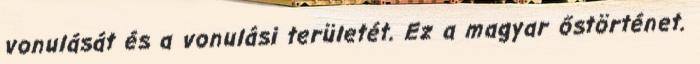
vonulását és a vonulási területét. Ez a magyar őstörténet.